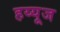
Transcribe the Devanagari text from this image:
हय्यूज